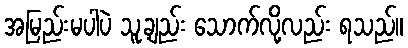
အမြည်းမပါပဲ သူ့ချည်း သောက်လို့လည်း ရသည်။